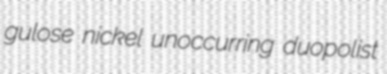
gulose nickel unoccurring duopolist